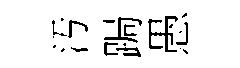
汚跼愚